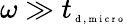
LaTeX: \omega\gg{t}_{\tiny{\mathrm{~d~,~m~i~c~r~o~}}}